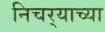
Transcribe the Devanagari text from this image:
निचर्‍याच्या